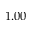
1 . 0 0